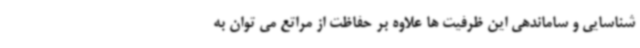
شناسایی و ساماندهی این ظرفیت ها علاوه بر حفاظت از مراتع می توان به